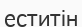
еститін